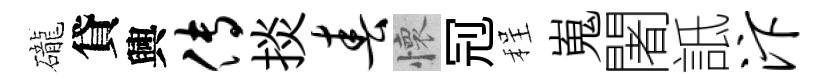
礲貸興传掞春懷𠜍程嵬闍詆汴